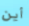
أين